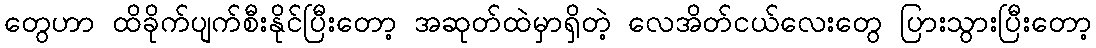
တွေဟာ ထိခိုက်ပျက်စီးနိုင်ပြီးတော့ အဆုတ်ထဲမှာရှိတဲ့ လေအိတ်ငယ်လေးတွေ ပြားသွားပြီးတော့